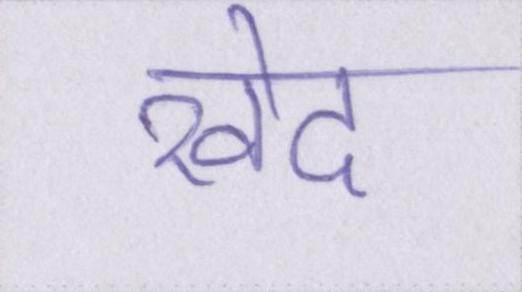
खेद